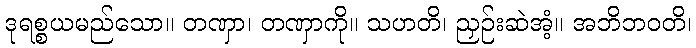
ဒုရစ္စယမည်သော။ တဏှာ၊ တဏှာကို။ သဟတိ၊ ညှဉ်းဆဲအံ့။ အဘိဘဝတိ၊